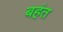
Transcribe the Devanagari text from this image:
बहंत